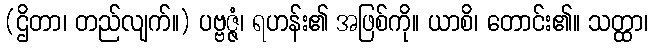
(ဌိတာ၊ တည်လျက်။) ပဗ္ဗဇ္ဇံ၊ ရဟန်း၏ အဖြစ်ကို။ ယာစိ၊ တောင်း၏။ သတ္ထာ၊